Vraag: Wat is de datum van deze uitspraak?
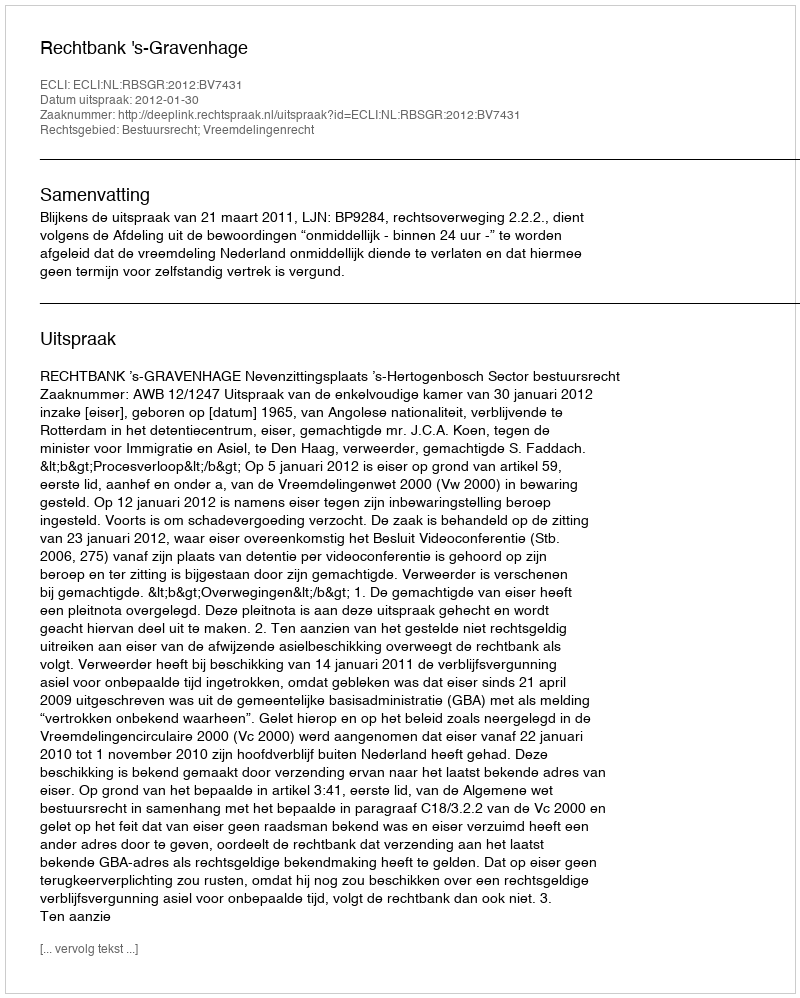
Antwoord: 2012-01-30